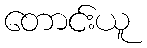
တောင်းယူ